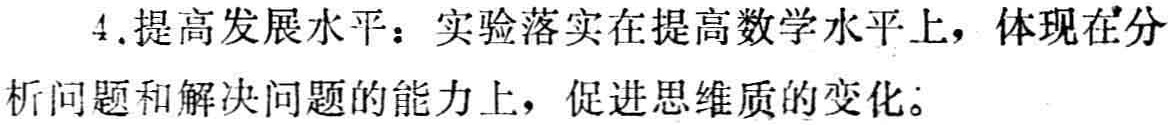
4.提高发展水平：实验落实在提高数学水平上，体现在分析问题和解决问题的能力上，促进思维质的变化。